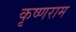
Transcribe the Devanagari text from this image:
कृष्णराम